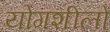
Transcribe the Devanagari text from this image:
योगशीलों